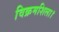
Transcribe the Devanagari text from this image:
विक्रमशिला।